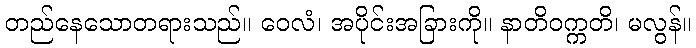
တည်နေသောတရားသည်။ ဝေလံ၊ အပိုင်းအခြားကို။ နာတိဝက္ကတိ၊ မလွန်။